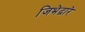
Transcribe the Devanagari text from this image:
जिभेद्वारे